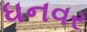
ધનવર